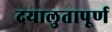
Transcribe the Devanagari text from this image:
दयालुतापूर्ण